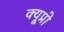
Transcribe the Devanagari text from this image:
क्यूप्रो